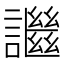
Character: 䜝